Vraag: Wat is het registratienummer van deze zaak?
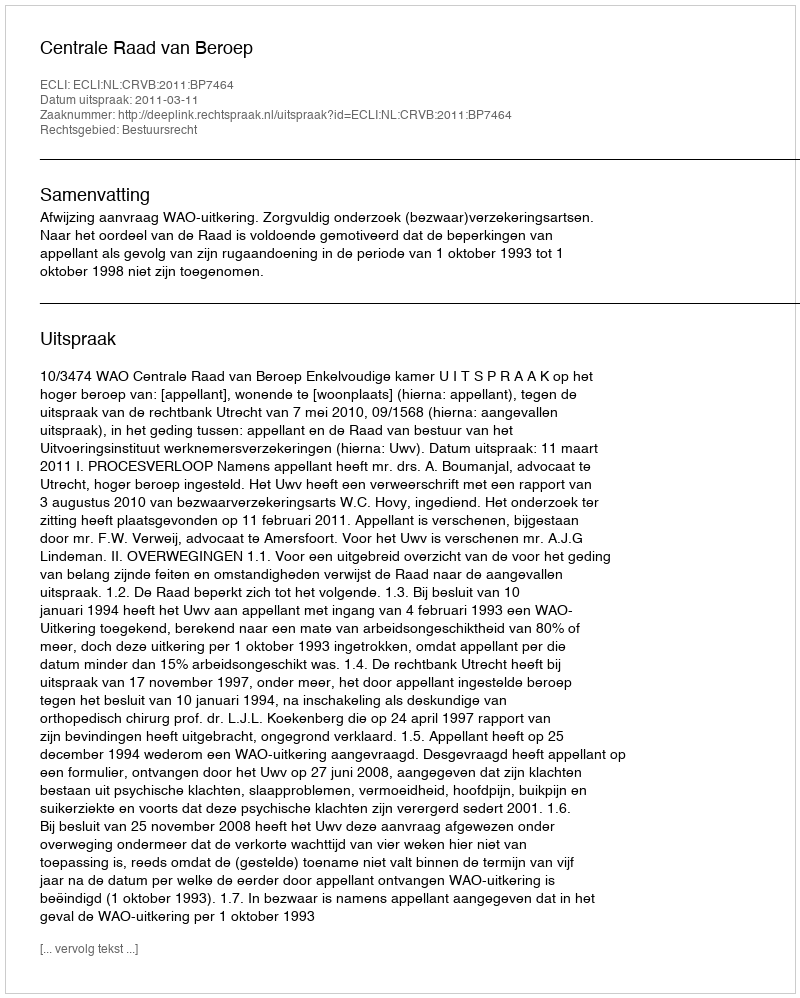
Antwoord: http://deeplink.rechtspraak.nl/uitspraak?id=ECLI:NL:CRVB:2011:BP7464